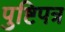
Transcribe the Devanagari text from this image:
पुष्टिपत्र